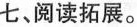
七、阅读拓展。